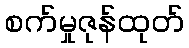
စက်မှုဇုန်ထုတ်